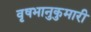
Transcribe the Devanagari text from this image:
वृषभानुकुमारी